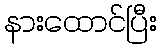
နားထောင်ပြီး